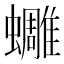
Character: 𧔿